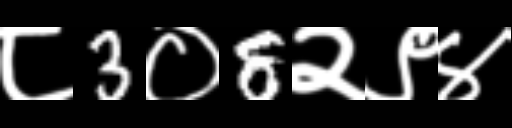
Text: ८3०8२९४